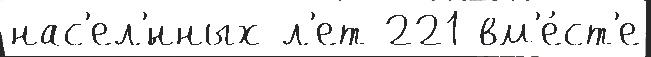
нас'ел'́нных л'ет 221 вм'е́ст'е